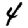
Digit: 4